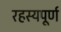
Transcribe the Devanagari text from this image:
रहस्‍यपूर्ण